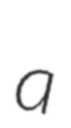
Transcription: a